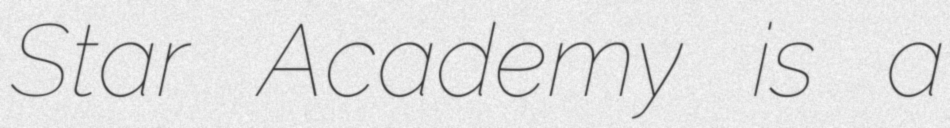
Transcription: Star Academy is a